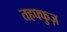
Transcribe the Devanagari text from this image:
तहफ्फुज़